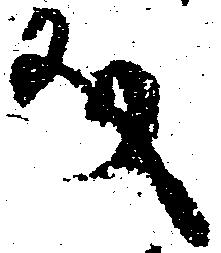
文